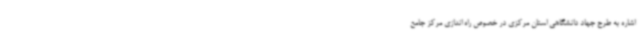
اشاره به طرح جهاد دانشگاهی استان مرکزی در خصوص راه اندازی مرکز جامع